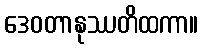
ဒေဝတာနုဿတိထကာ။